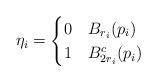
\begin{align*}\eta_i = \begin{cases} 0 & B_{r_i}(p_i)\\1 & B_{2r_i}^{c}(p_i)\end{cases}\end{align*}